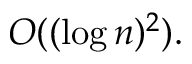
O ( ( \log n ) ^ { 2 } ) .